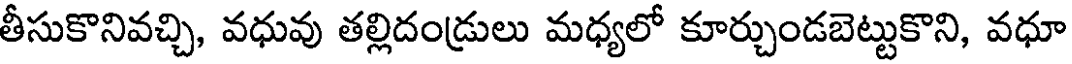
తీసుకొనివచ్చి, వధువు తల్లిదండ్రులు మధ్యలో కూర్చుండబెట్టుకొని, వధూ